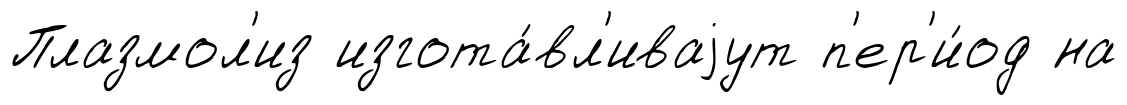
Плазмол'из изгота́вл'иваjут п'ер'и́од на